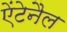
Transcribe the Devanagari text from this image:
ऐंटेनैल